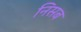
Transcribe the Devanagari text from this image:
निसब